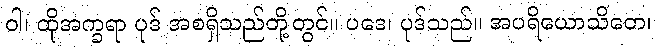
ဝါ၊ ထိုအက္ခရာ ပုဒ် အစရှိသည်တို့တွင်။ ပဒေ၊ ပုဒ်သည်။ အပရိယောသိတေ၊